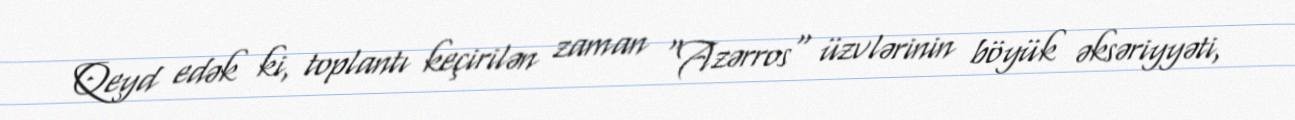
Qeyd edək ki, toplantı keçirilən zaman "Azərros" üzvlərinin böyük əksəriyyəti,